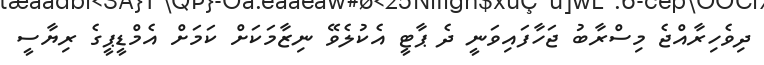
ދިވެހިރާއްޖެ މިސްރާބު ޖަހާފައިވަނީ ދެ ޕާޓީ އެކުލެވޭ ނިޒާމަކަށް ކަމަށް އެމްޑީޕީގެ ރިޔާސީ